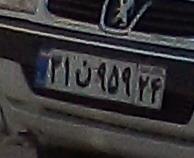
۳۱ن۹۵۹۲۴